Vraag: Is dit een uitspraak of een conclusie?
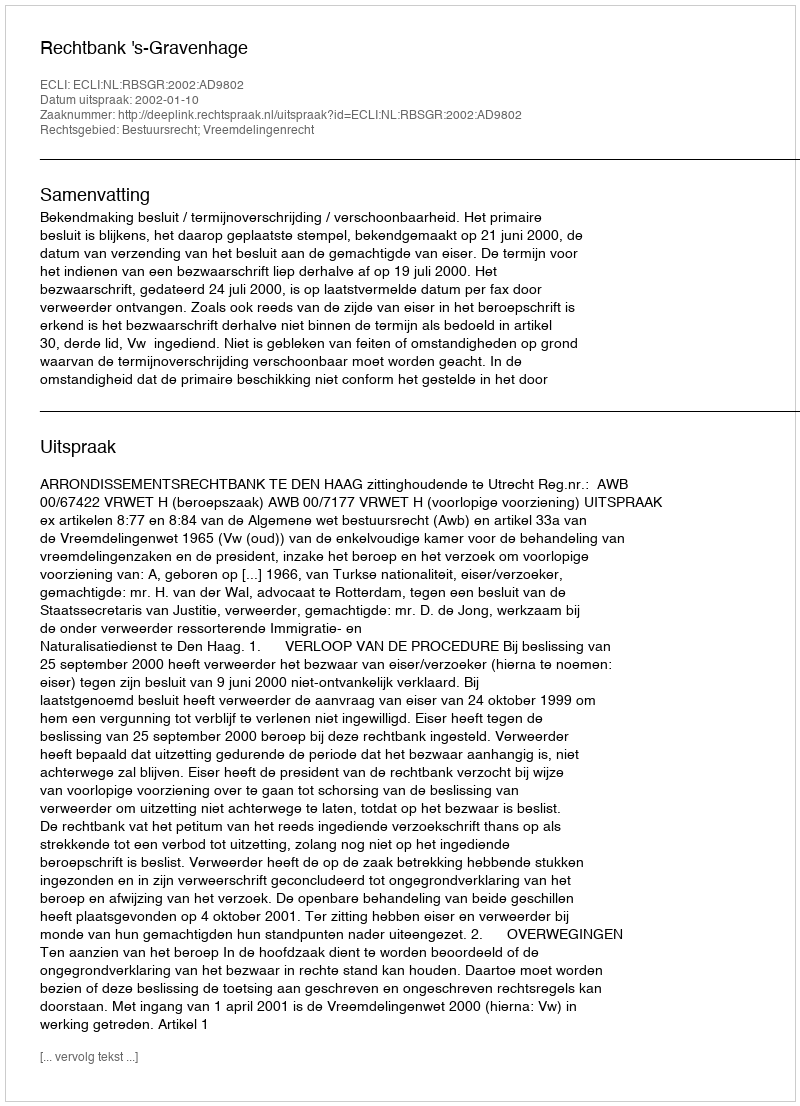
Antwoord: Uitspraak